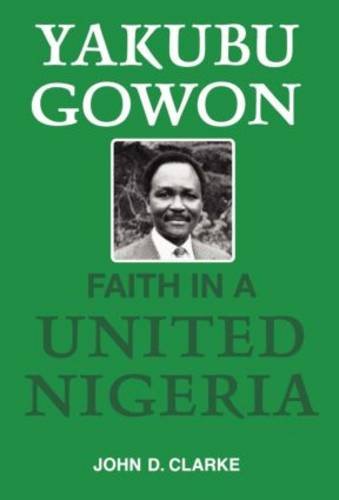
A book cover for Yakubu Gowon; John Digby Clarke; History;